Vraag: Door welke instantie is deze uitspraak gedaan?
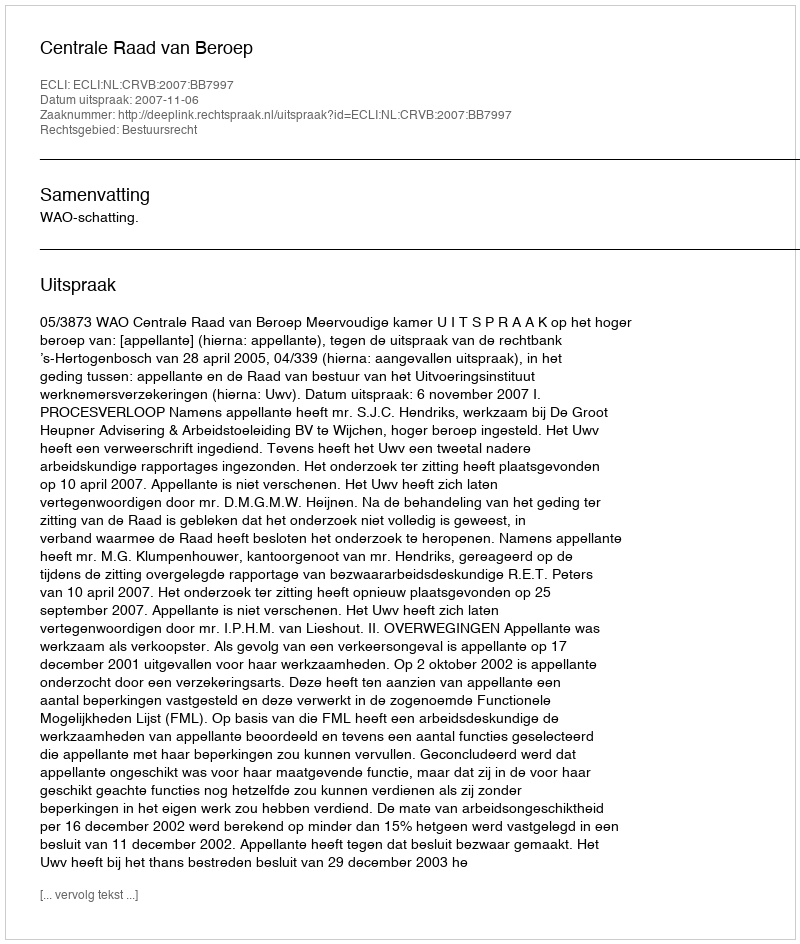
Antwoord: Centrale Raad van Beroep